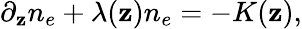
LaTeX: \partial_{\mathbf{z}}n_{e}+\lambda(\mathbf{z})n_{e}=-K(\mathbf{z}),